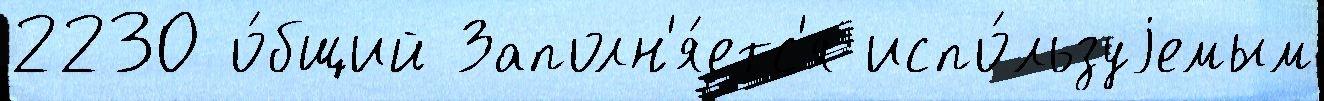
2230 о́бщий Заполн'я́етс'я испо́льзуjемым